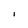
Character: I